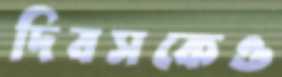
দিবসকেও